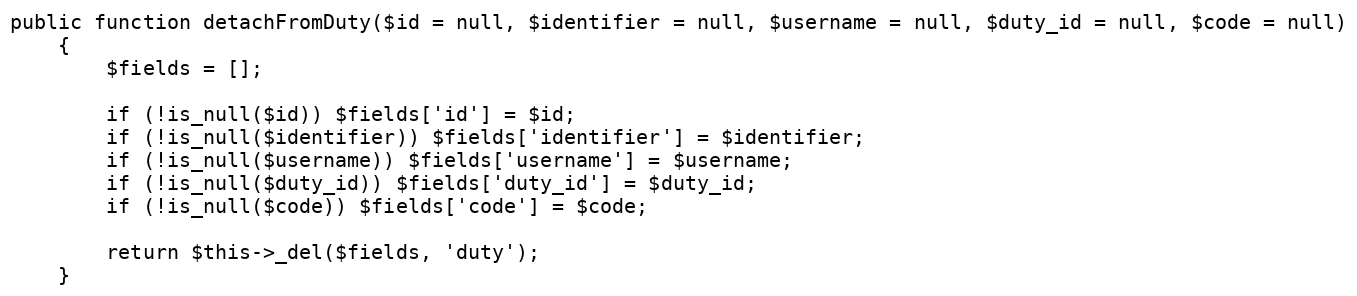
Language: PHP
public function detachFromDuty($id = null, $identifier = null, $username = null, $duty_id = null, $code = null)
    {
        $fields = [];

        if (!is_null($id)) $fields['id'] = $id;
        if (!is_null($identifier)) $fields['identifier'] = $identifier;
        if (!is_null($username)) $fields['username'] = $username;
        if (!is_null($duty_id)) $fields['duty_id'] = $duty_id;
        if (!is_null($code)) $fields['code'] = $code;

        return $this->_del($fields, 'duty');
    }